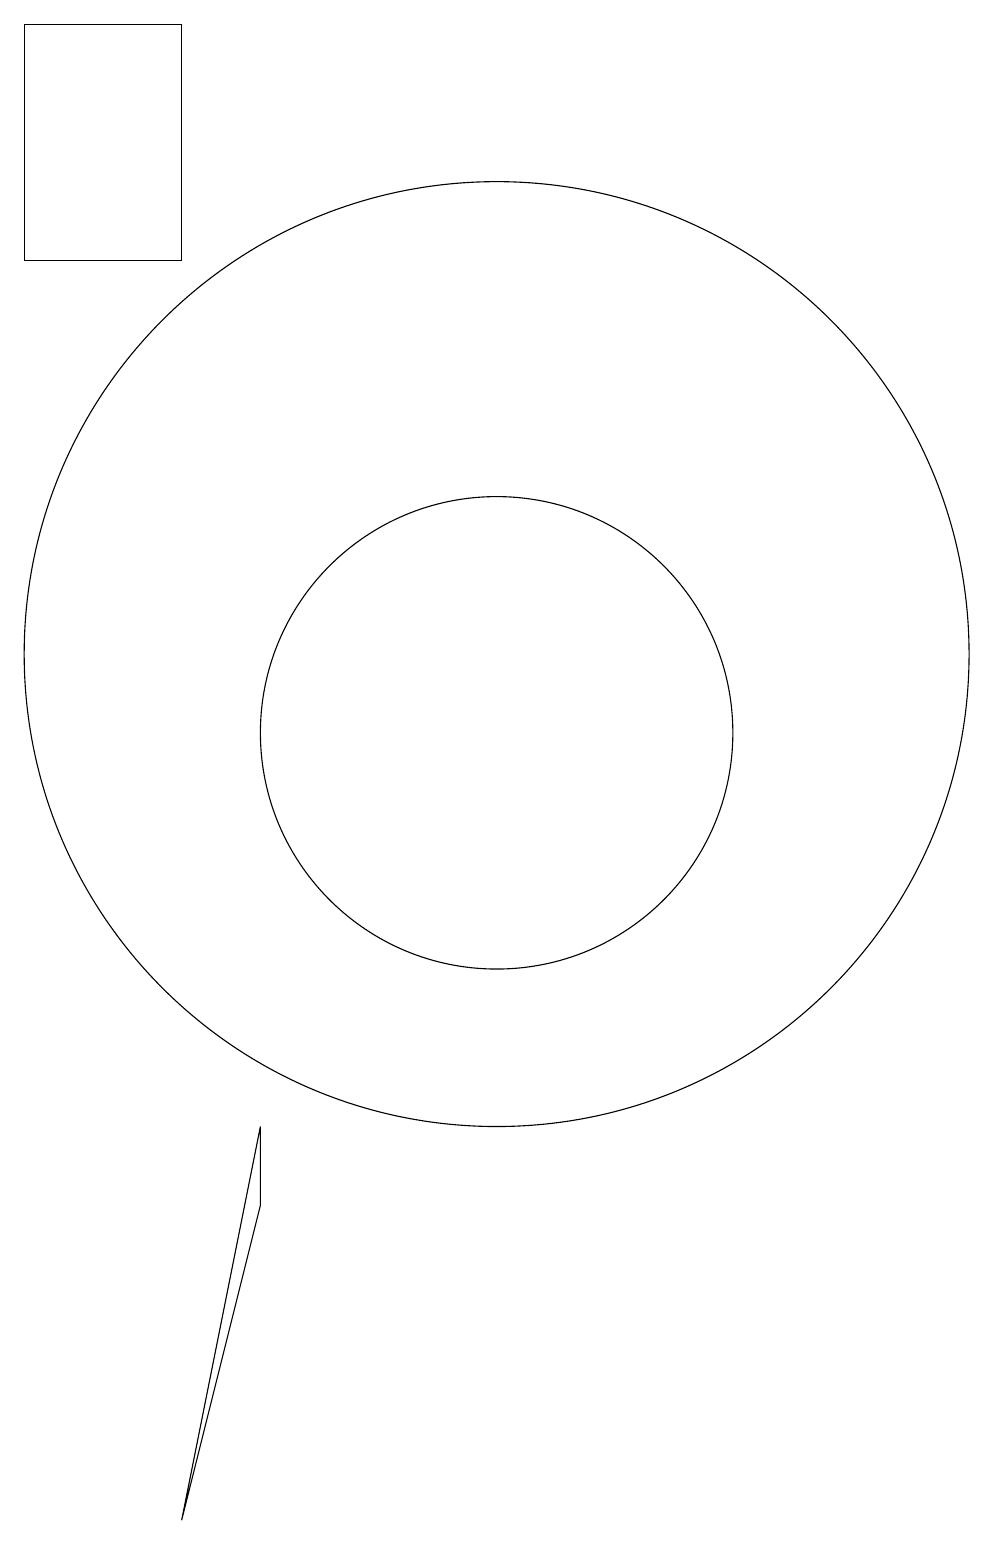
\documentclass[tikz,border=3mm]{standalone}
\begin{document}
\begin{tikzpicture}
\draw (7,16) rectangle (5,19);
\draw (7,0) -- (8,4) -- (8,5) -- cycle;
\draw (11,11) circle (6);
\draw (11,10) circle (3);
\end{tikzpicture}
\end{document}